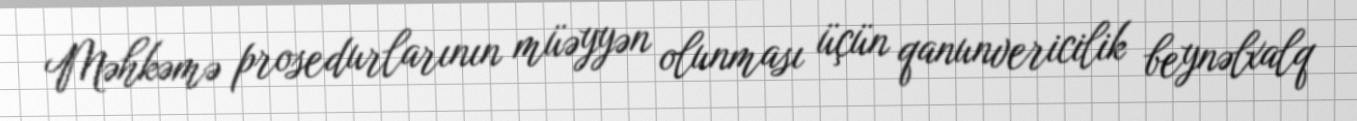
Məhkəmə prosedurlarının müəyyən olunması üçün qanunvericilik beynəlxalq